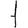
Digit: 1